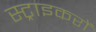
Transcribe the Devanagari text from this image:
स्ट्राइकरों